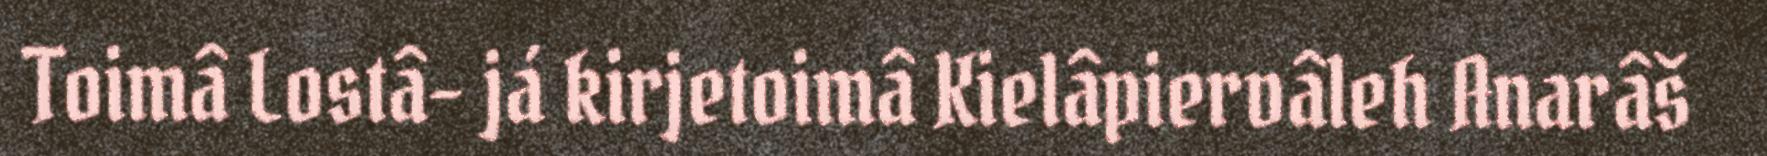
Toimâ Lostâ- já kirjetoimâ Kielâpiervâleh Anarâš